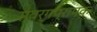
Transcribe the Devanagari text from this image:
स्वर्गप्रापक